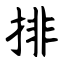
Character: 排